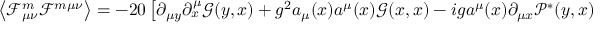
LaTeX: \left\langle \mathcal F _ { \mu \nu } ^ { m } \mathcal F ^ { m \mu \nu } \right\rangle = - 2 0 \left[ \partial _ { \mu y } \partial _ { x } ^ { \mu } \mathcal G ( y , x ) + g ^ { 2 } a _ { \mu } ( x ) a ^ { \mu } ( x ) \mathcal G ( x , x ) - i g a ^ { \mu } ( x ) \partial _ { \mu x } \mathcal P ^ { * } ( y , x ) + i g a ^ { \mu } ( x ) \partial _ { \mu x } \mathcal P ( y , x ) \right] \Bigr | _ { y = x }